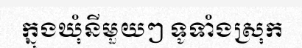
ក្នុងឃុំនីមួយៗ ទូទាំងស្រុក